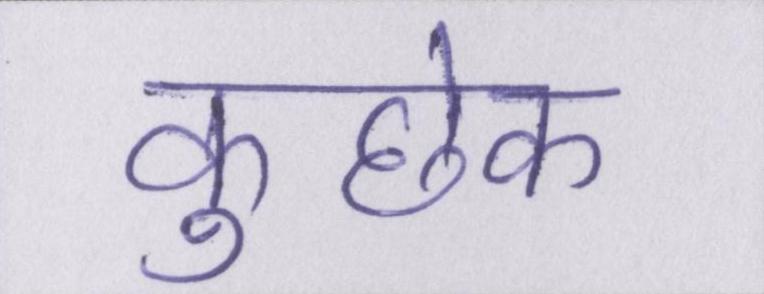
कुछेक